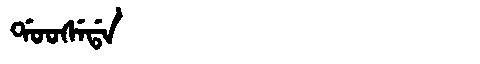
Manchu: ᡩᠣᠣᠰᡝᡩᠠ
Romanization: DOOSEDA